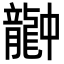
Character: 𪚚